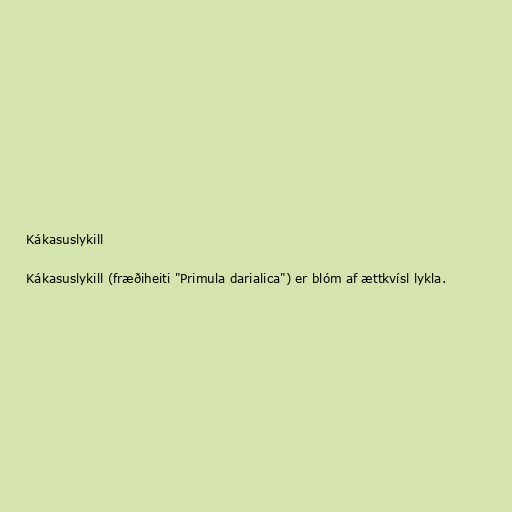
Kákasuslykill

Kákasuslykill (fræðiheiti "Primula darialica") er blóm af ættkvísl lykla.